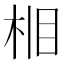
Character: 𪲈